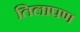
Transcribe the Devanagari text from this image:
तिलापण